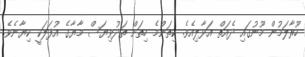
ހޫރާލަމުން މޫނުގައި ދެއަތް އަޅާލިއެވެ. ކިތަންމެ ހިތަށް ތަދުވިޔަސް މާޔާގެ އުފަލަކީ ކިޔާނެވެ.